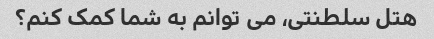
هتل سلطنتی، می توانم به شما کمک کنم؟